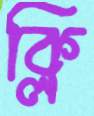
ক্লি